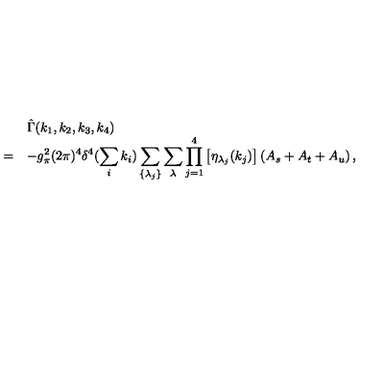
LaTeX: \begin{array} { r l } { } & { \hat { \Gamma } ( k _ { 1 } , k _ { 2 } , k _ { 3 } , k _ { 4 } ) } \\ { = } & { \displaystyle - g _ { \pi } ^ { 2 } ( 2 \pi ) ^ { 4 } \delta ^ { 4 } ( \sum _ { i } k _ { i } ) \sum _ { \{ \lambda _ { j } \} } \sum _ { \lambda } \prod _ { j = 1 } ^ { 4 } \left[ \eta _ { \lambda _ { j } } ( k _ { j } ) \right] \left( A _ { s } + A _ { t } + A _ { u } \right) , } \\ \end{array}